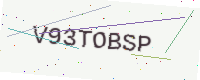
Text: V93TOBSP